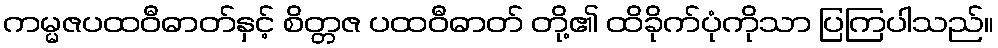
ကမ္မဇပထဝီဓာတ်နှင့် စိတ္တဇ ပထဝီဓာတ် တို့၏ ထိခိုက်ပုံကိုသာ ပြကြပါသည်။